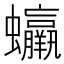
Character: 𧕳